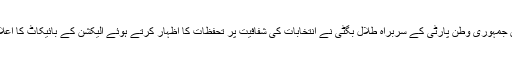
اسی دوران جمہوری وطن پارٹی کے سربراہ طلال بگٹی نے انتخابات کی شفافیت پر تحفظات کا اظہار کرتے ہوئے الیکشن کے بائیکاٹ کا اعلان کیا ہے۔